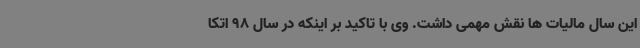
این سال مالیات ها نقش مهمی داشت. وی با تاکید بر اینکه در سال 98 اتکا